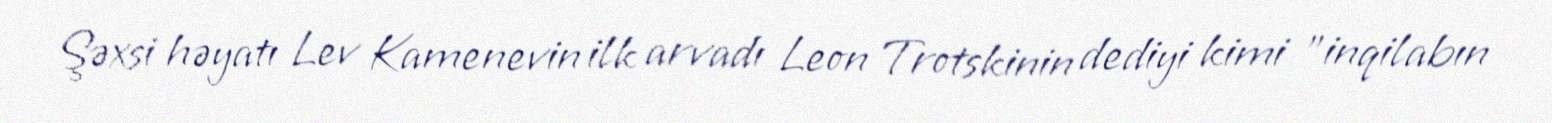
Şəxsi həyatı Lev Kamenevin ilk arvadı Leon Trotskinin dediyi kimi "inqilabın